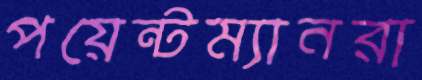
পয়েন্টম্যানরা